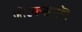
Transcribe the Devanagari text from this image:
जोरकसपणॆ